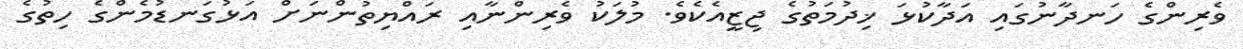
ވެރިންގެ ހަނދާނުގައި އަދާކުޅަ ޚިދުމަތުގެ ޖިޒީއެކެވެ. މުލަކު ވެރިންނާއި ރައްޔިތުންނަށް އަޅުގަނޑުމެންގެ ހިތުގެ